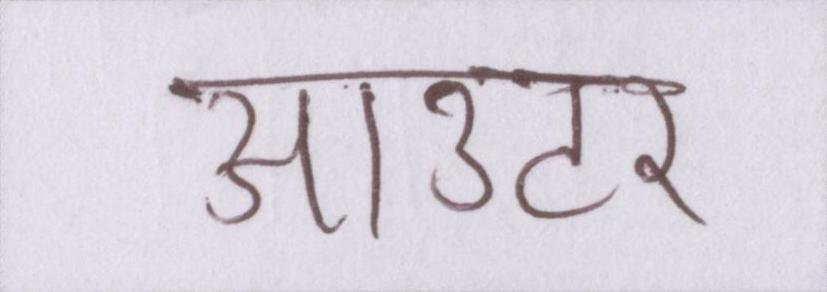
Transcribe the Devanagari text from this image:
आउटर